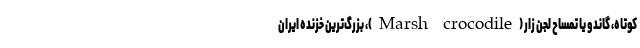
کوتاه، گاندو یا تمساح لجن زار (Marsh crocodile)، بزرگ‌ترین خزنده ایران